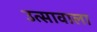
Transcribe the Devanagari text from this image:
उत्सावाला